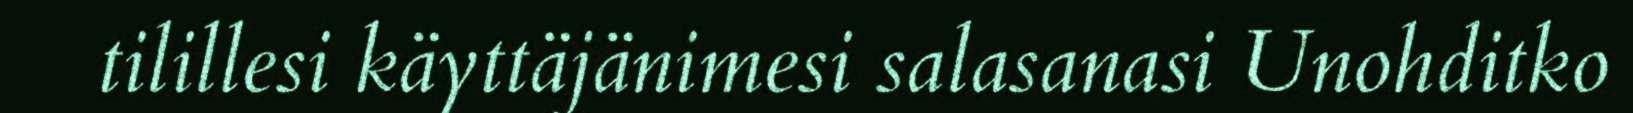
tilillesi käyttäjänimesi salasanasi Unohditko